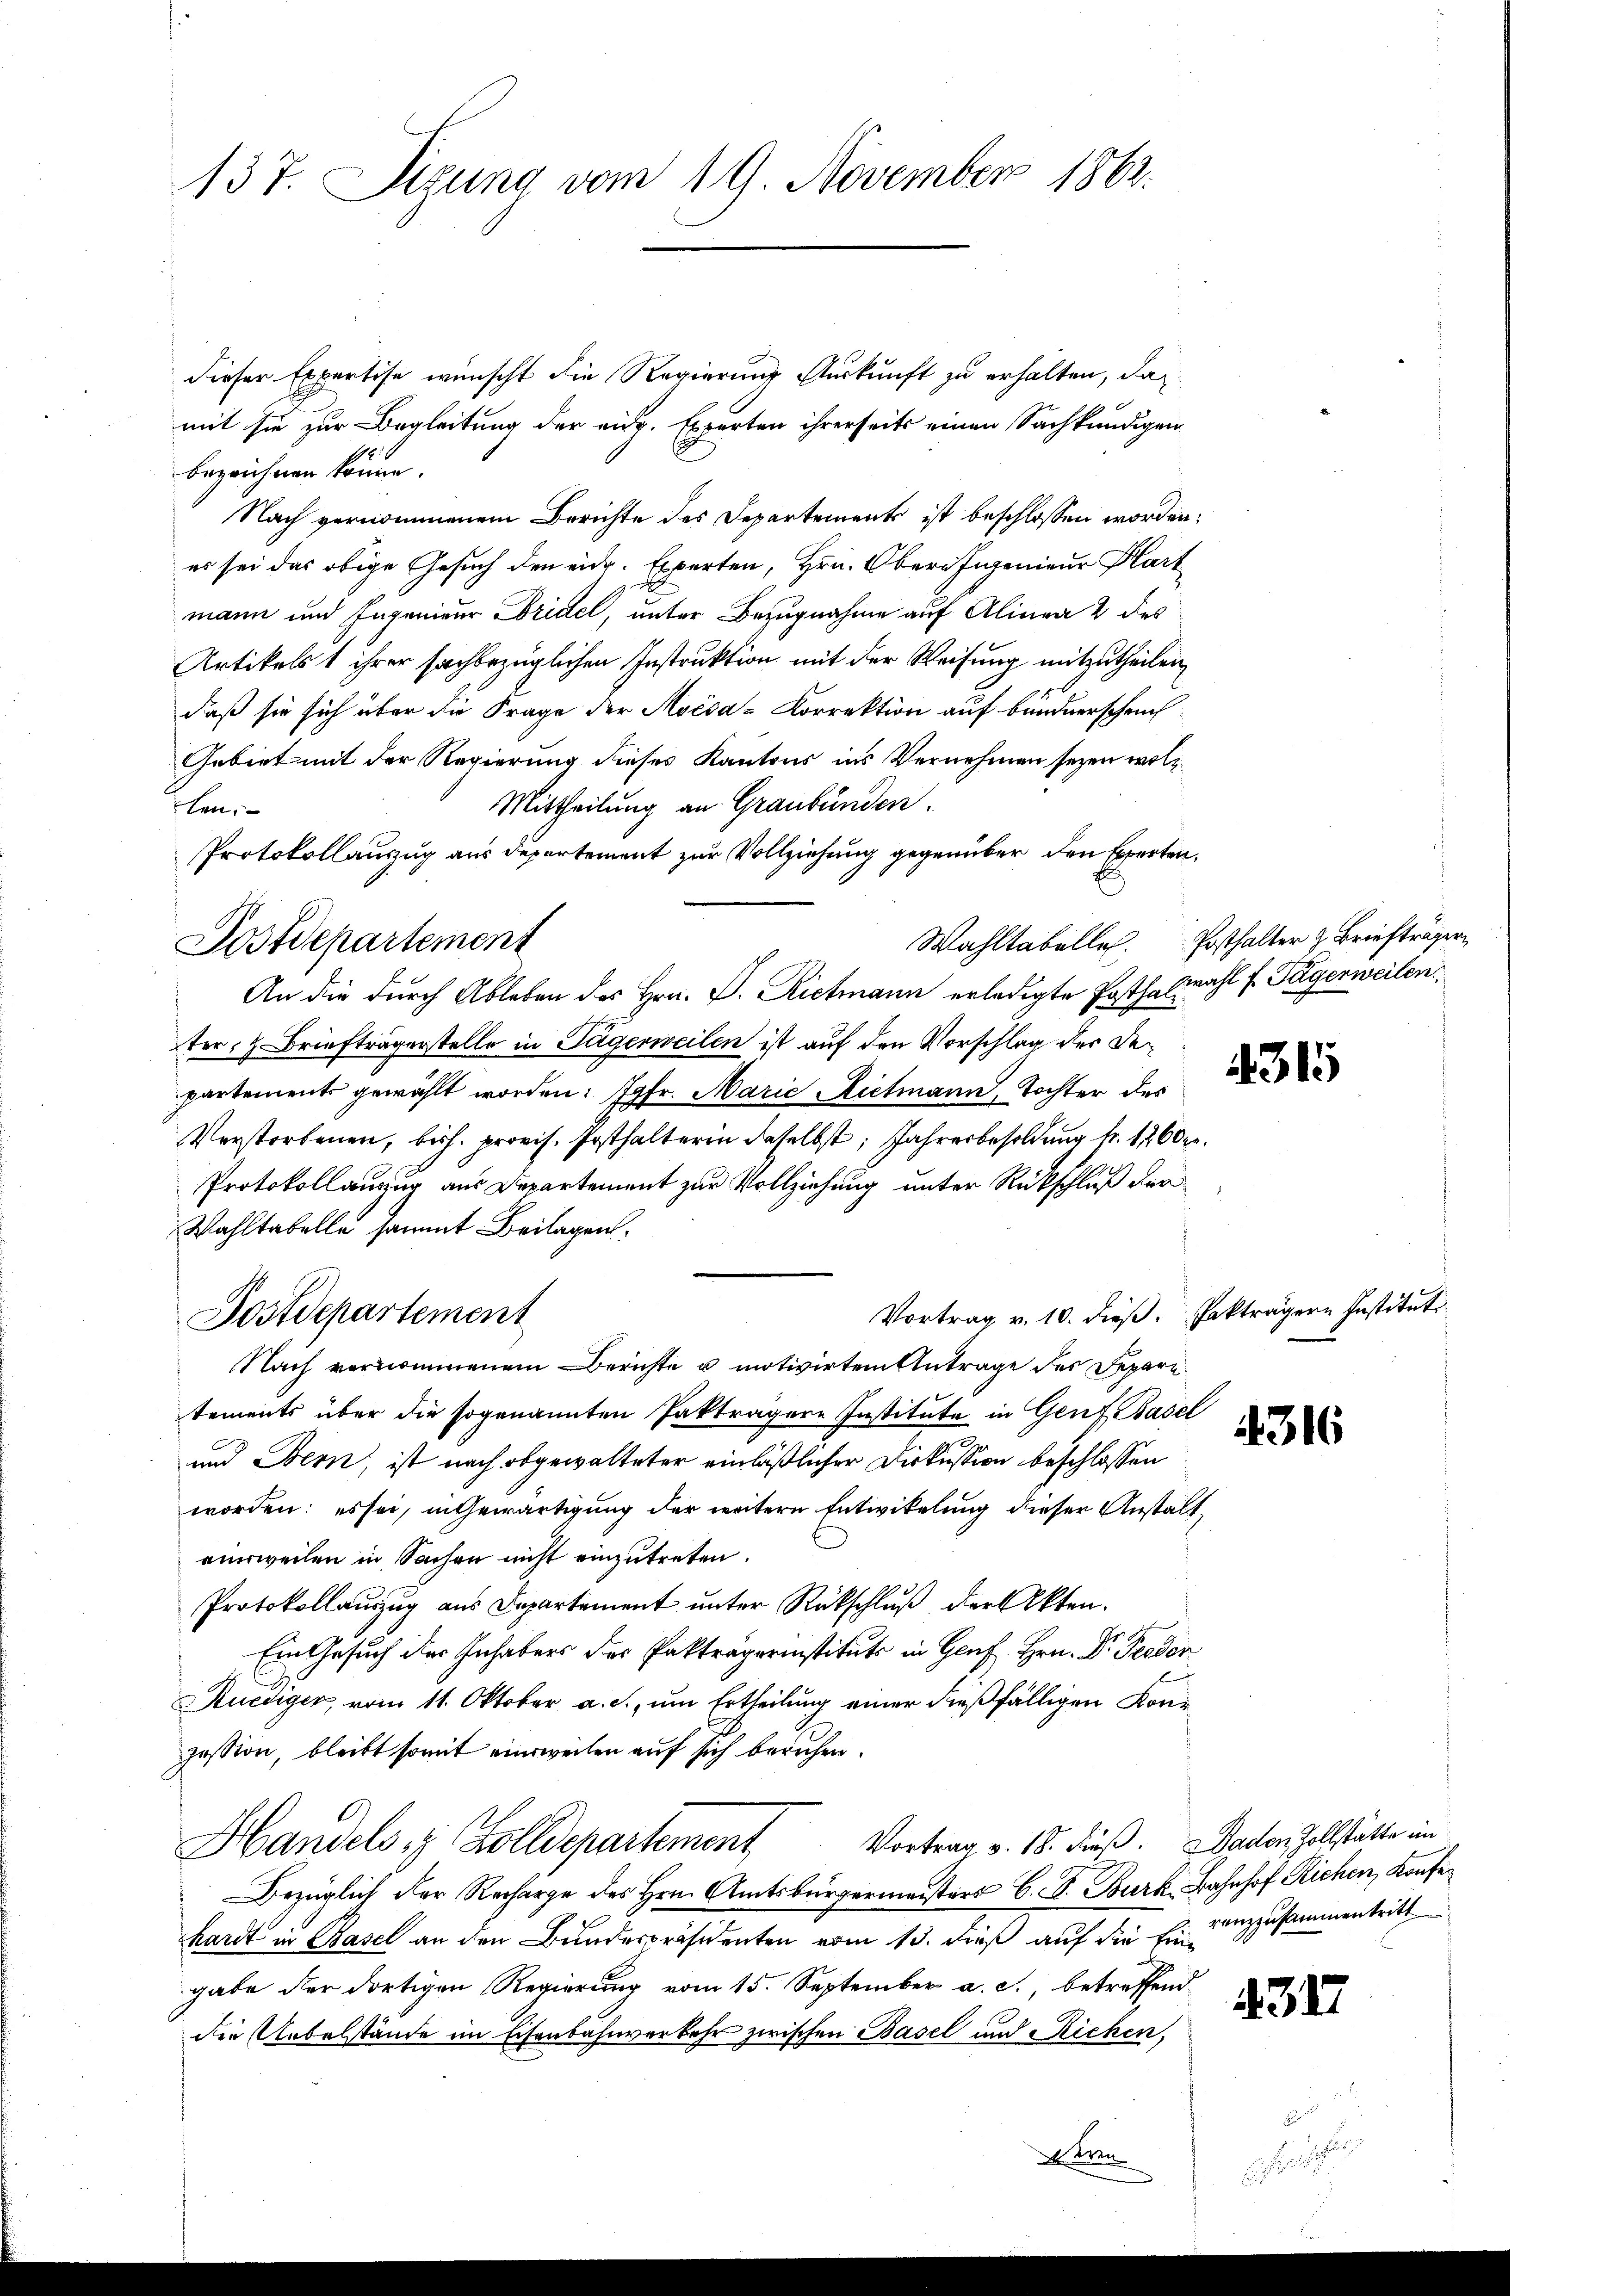
137. Sizung vom 19. November 1862.

dieser Expertise wünscht die Regierung Auskunft zu erhalten, das
mit sie zur Begleitung der eidg. Experten ihrerseits einen Sachkundigen
bezeichnen könne.
Nach vernommenem Berichte des Departements ist beschlossen worden,
es sei das obige Gesuch den eidg. Experten, Hrn. Obern Eigenieur Kart
d
mann und Ingenieur Bridel, unter Bezugnahme auf Alinea 2 des
Artikelst ihrer sachbezüglichen Instruktion mit der Weisung mitzutheilen
daß sie sich über die Frage der Aoésa-Korrektion auf bundnerschein
Gebiet mit der Regierung dieses Kantons ins Vernehmen seyen wol¬
Mittheilung an Graubünden.
len.
Protokollanzug aus Departement zur Vollziehung gegenüber den Experten,
An die durch Ableben des Hrn. P. Rietmann erledigte Posthalwahl f. Tägerweilen,
ter, z. Briefträgerstelle in Tägerweilen ist auf den Vorschlag der Departements gewählt worden: Jgfr. Marie Rietmann, Tochter des
Verstorbenen, bish. provis. Posthalterin daselbst, Jahresbesoldung fr. 1260 xr.
Protokollanzug aus Departement zur Vollziehung unter Rückschluß der
Wahltabelle sammt Beilagen.
Vortrag v. 10. dieß. Fakträgern Institut
Postdepartement
Nach vernommenem Berichte u motivirten Antrage des Separatements über die sogenannten Pakträgere Institute in Genf Basel
und Bern, ist nach abgewalteter einläßlicher Diskussion beschlossen
worden; es sei, in Gewärtigung der weitere Entwickelung dieser Anstalt,
einweilen in Sachen nicht einzutreten.
Protokollauszug aus Departement unter Rückschluß der Akten.
Ein Gesuch des Inhabers der Paktraperinstituts in Genf Hrn. Dr. Feeden
Kuediger, vom 11. Oktober a. c., um Ertheilung einer dießfälligen Konzession, bleibt somit einsweilen auf sich beruhen.
Vortrag v. 18. dieß. Baden Zollstätte in
Handels 8 Zolldepartement
Bezüglich der Recharge des Hrn. Amtsbürgermeisters C. S. Burk. Bahnhof Richen Konfer
hardt in Basel an den Bundespräsidenten vom 13. dieß auf die Eingabe der dortigen Regierung vom 15. September a. c. betreffend
die Uebelstände im Eisenbahnverkehr zwischen Basel und Richen,

Postdepartement

deren

Wahltabelle Posthalter z. Briefträger

315

36

renzzusammentritt

431